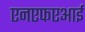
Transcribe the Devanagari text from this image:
एनएफएआई